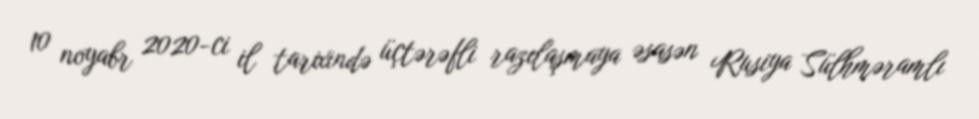
10 noyabr 2020-ci il tarixində üçtərəfli razılaşmaya əsasən Rusiya Sülhməramlı